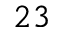
^ { 2 3 }